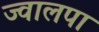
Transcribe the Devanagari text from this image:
ज्वालपा